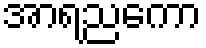
အာရညကော